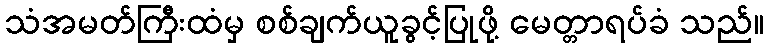
သံအမတ်ကြီးထံမှ စစ်ချက်ယူခွင့်ပြုဖို့ မေတ္တာရပ်ခံ သည်။